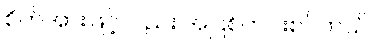
စိတ်အားဖြင့်လည်း အပြစ်ကင်းစင်တယ်။